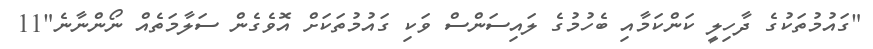
"ގައުމުތަކުގެ ދާހިލީ ކަންކަމާއި ބެހުމުގެ ލައިސަންސް ވަކި ގައުމުތަކަށް އޮވެގެން ސަލާމަތެއް ނޯންނާނެ"11